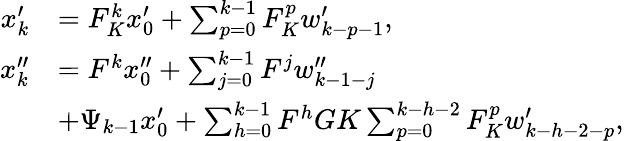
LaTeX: \begin{array}{rl}{x_{k}^{\prime}}&{=F_{K}^{k}x_{0}^{\prime}+\sum_{p=0}^{k-1}F_{K}^{p}w_{k-p-1}^{\prime},}\\ {x_{k}^{\prime\prime}}&{=F^{k}x_{0}^{\prime\prime}+\sum_{j=0}^{k-1}F^{j}w_{k-1-j}^{\prime\prime}}\\ &{+\Psi_{k-1}x_{0}^{\prime}+\sum_{h=0}^{k-1}F^{h}GK\sum_{p=0}^{k-h-2}F_{K}^{p}w_{k-h-2-p}^{\prime},}\end{array}